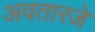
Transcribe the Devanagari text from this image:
अवतारजे